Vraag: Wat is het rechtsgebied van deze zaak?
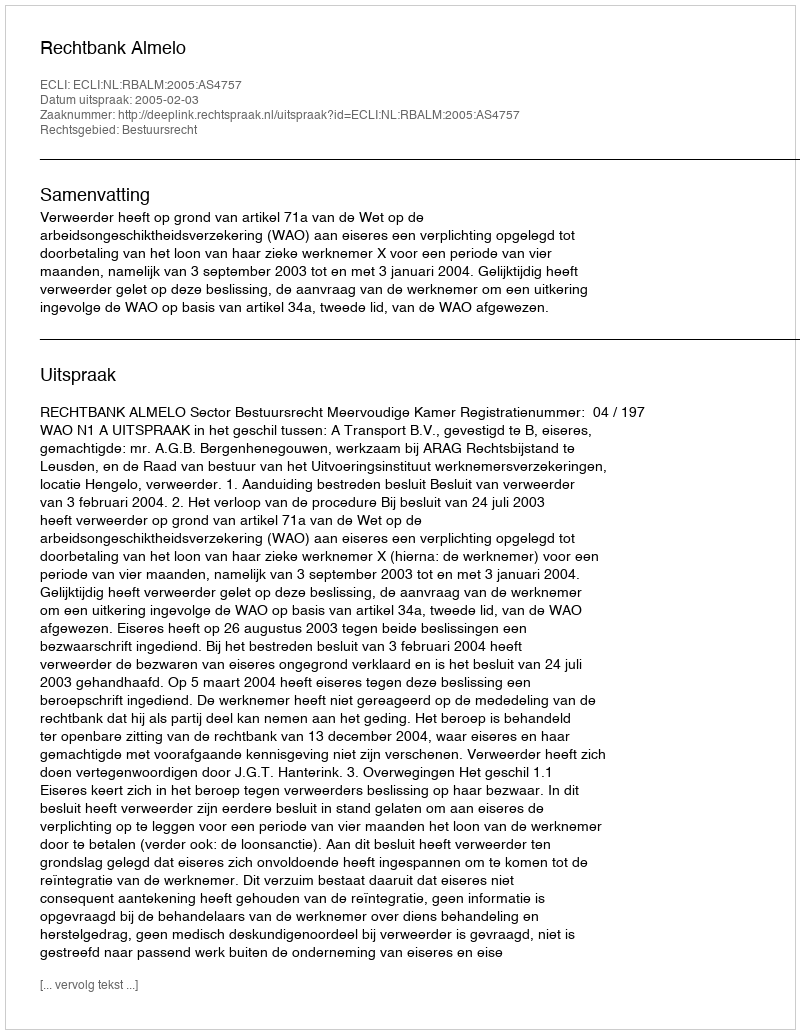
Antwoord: Bestuursrecht